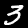
Label: 3